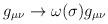
LaTeX: \begin{align*}g_{\mu \nu} \rightarrow \omega (\sigma ) g_{\mu \nu}\end{align*}